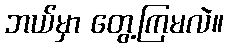
ဘယ်မှာ တွေ့ကြမလဲ။